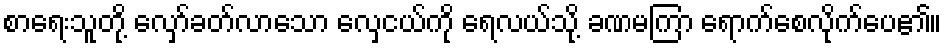
စာရေးသူတို့ လှော်ခတ်လာသော လှေငယ်ကို ရေလယ်သို့ ခဏမကြာ ရောက်စေလိုက်ပေ၏။